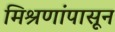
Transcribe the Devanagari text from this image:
मिश्रणांपासून